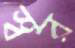
স্বর